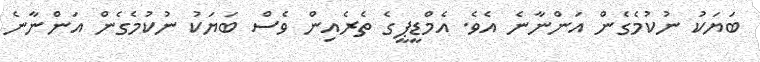
ބަޔަކު ނުކުމެގެން އަންނާނެ އެވެ. އެމްޑީޕީގެ ތެރެއިން ވެސް ބަޔަކު ނުކުމެގެން އަންނާނެ